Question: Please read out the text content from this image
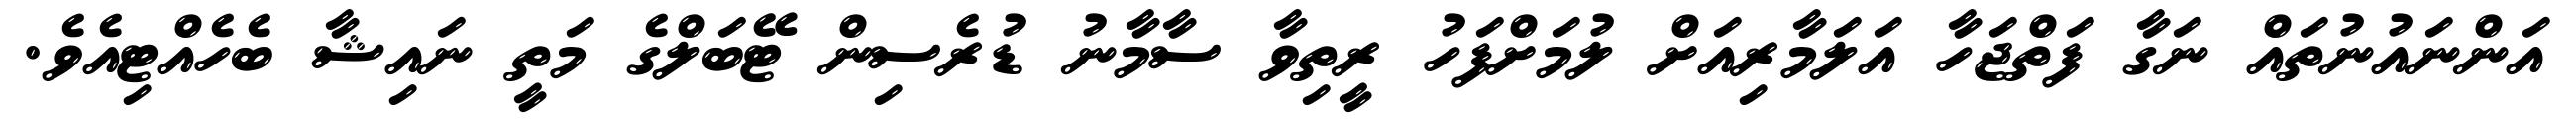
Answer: އަންނައުނުތައް ނަގާ ފަތްޖަހާ އަލަމާރިއަށް ލުމަށްފަހު ރީތިވާ ސާމާނު ޑުރެސިން ޓޭބަލްގެ މަތީ ނައިޝާ ބެހެއްޓިއެވެ.